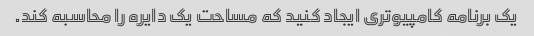
یک برنامه کامپیوتری ایجاد کنید که مساحت یک دایره را محاسبه کند.